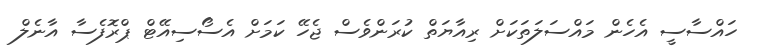
ހައްސާސީ އެހެން މައްސަލަތަކަށް ރިއާޔަތް ކުރަންވެސް ޖެހޭ ކަމަށް އެސޯސިއޭޓް ޕްރޮފެސާ އާނެލް